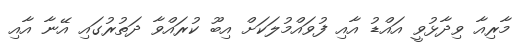
މާރިއާ ވިދާޅުވީ އައްޑު އާއި ފުވައްމުލަކަށް އިބޫ ކުރައްވާ ދަތުރުގައި އޭނާ އާއި